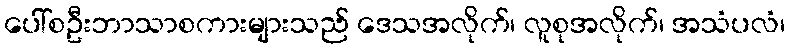
ပေါ်စဦးဘာသာစကားများသည် ဒေသအလိုက်၊ လူစုအလိုက်၊ အသံပလံ၊